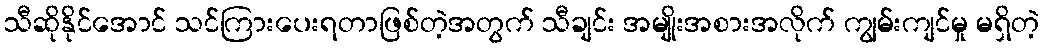
သီဆိုနိုင်အောင် သင်ကြားပေးရတာဖြစ်တဲ့အတွက် သီချင်း အမျိုးအစားအလိုက် ကျွမ်းကျင်မှု မရှိတဲ့